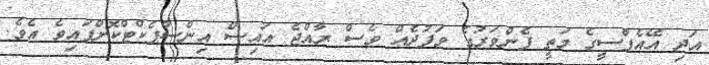
އަދި އޭއެފްސީގެ މަތީ ފެންވަރުގެ ވަފުދެއް ވެސް ރާއްޖެ އައިސް އިންސްޕެކްޓްކޮށްފައިވެ އެވެ.